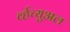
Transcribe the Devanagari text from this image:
र्व्हच्युअल